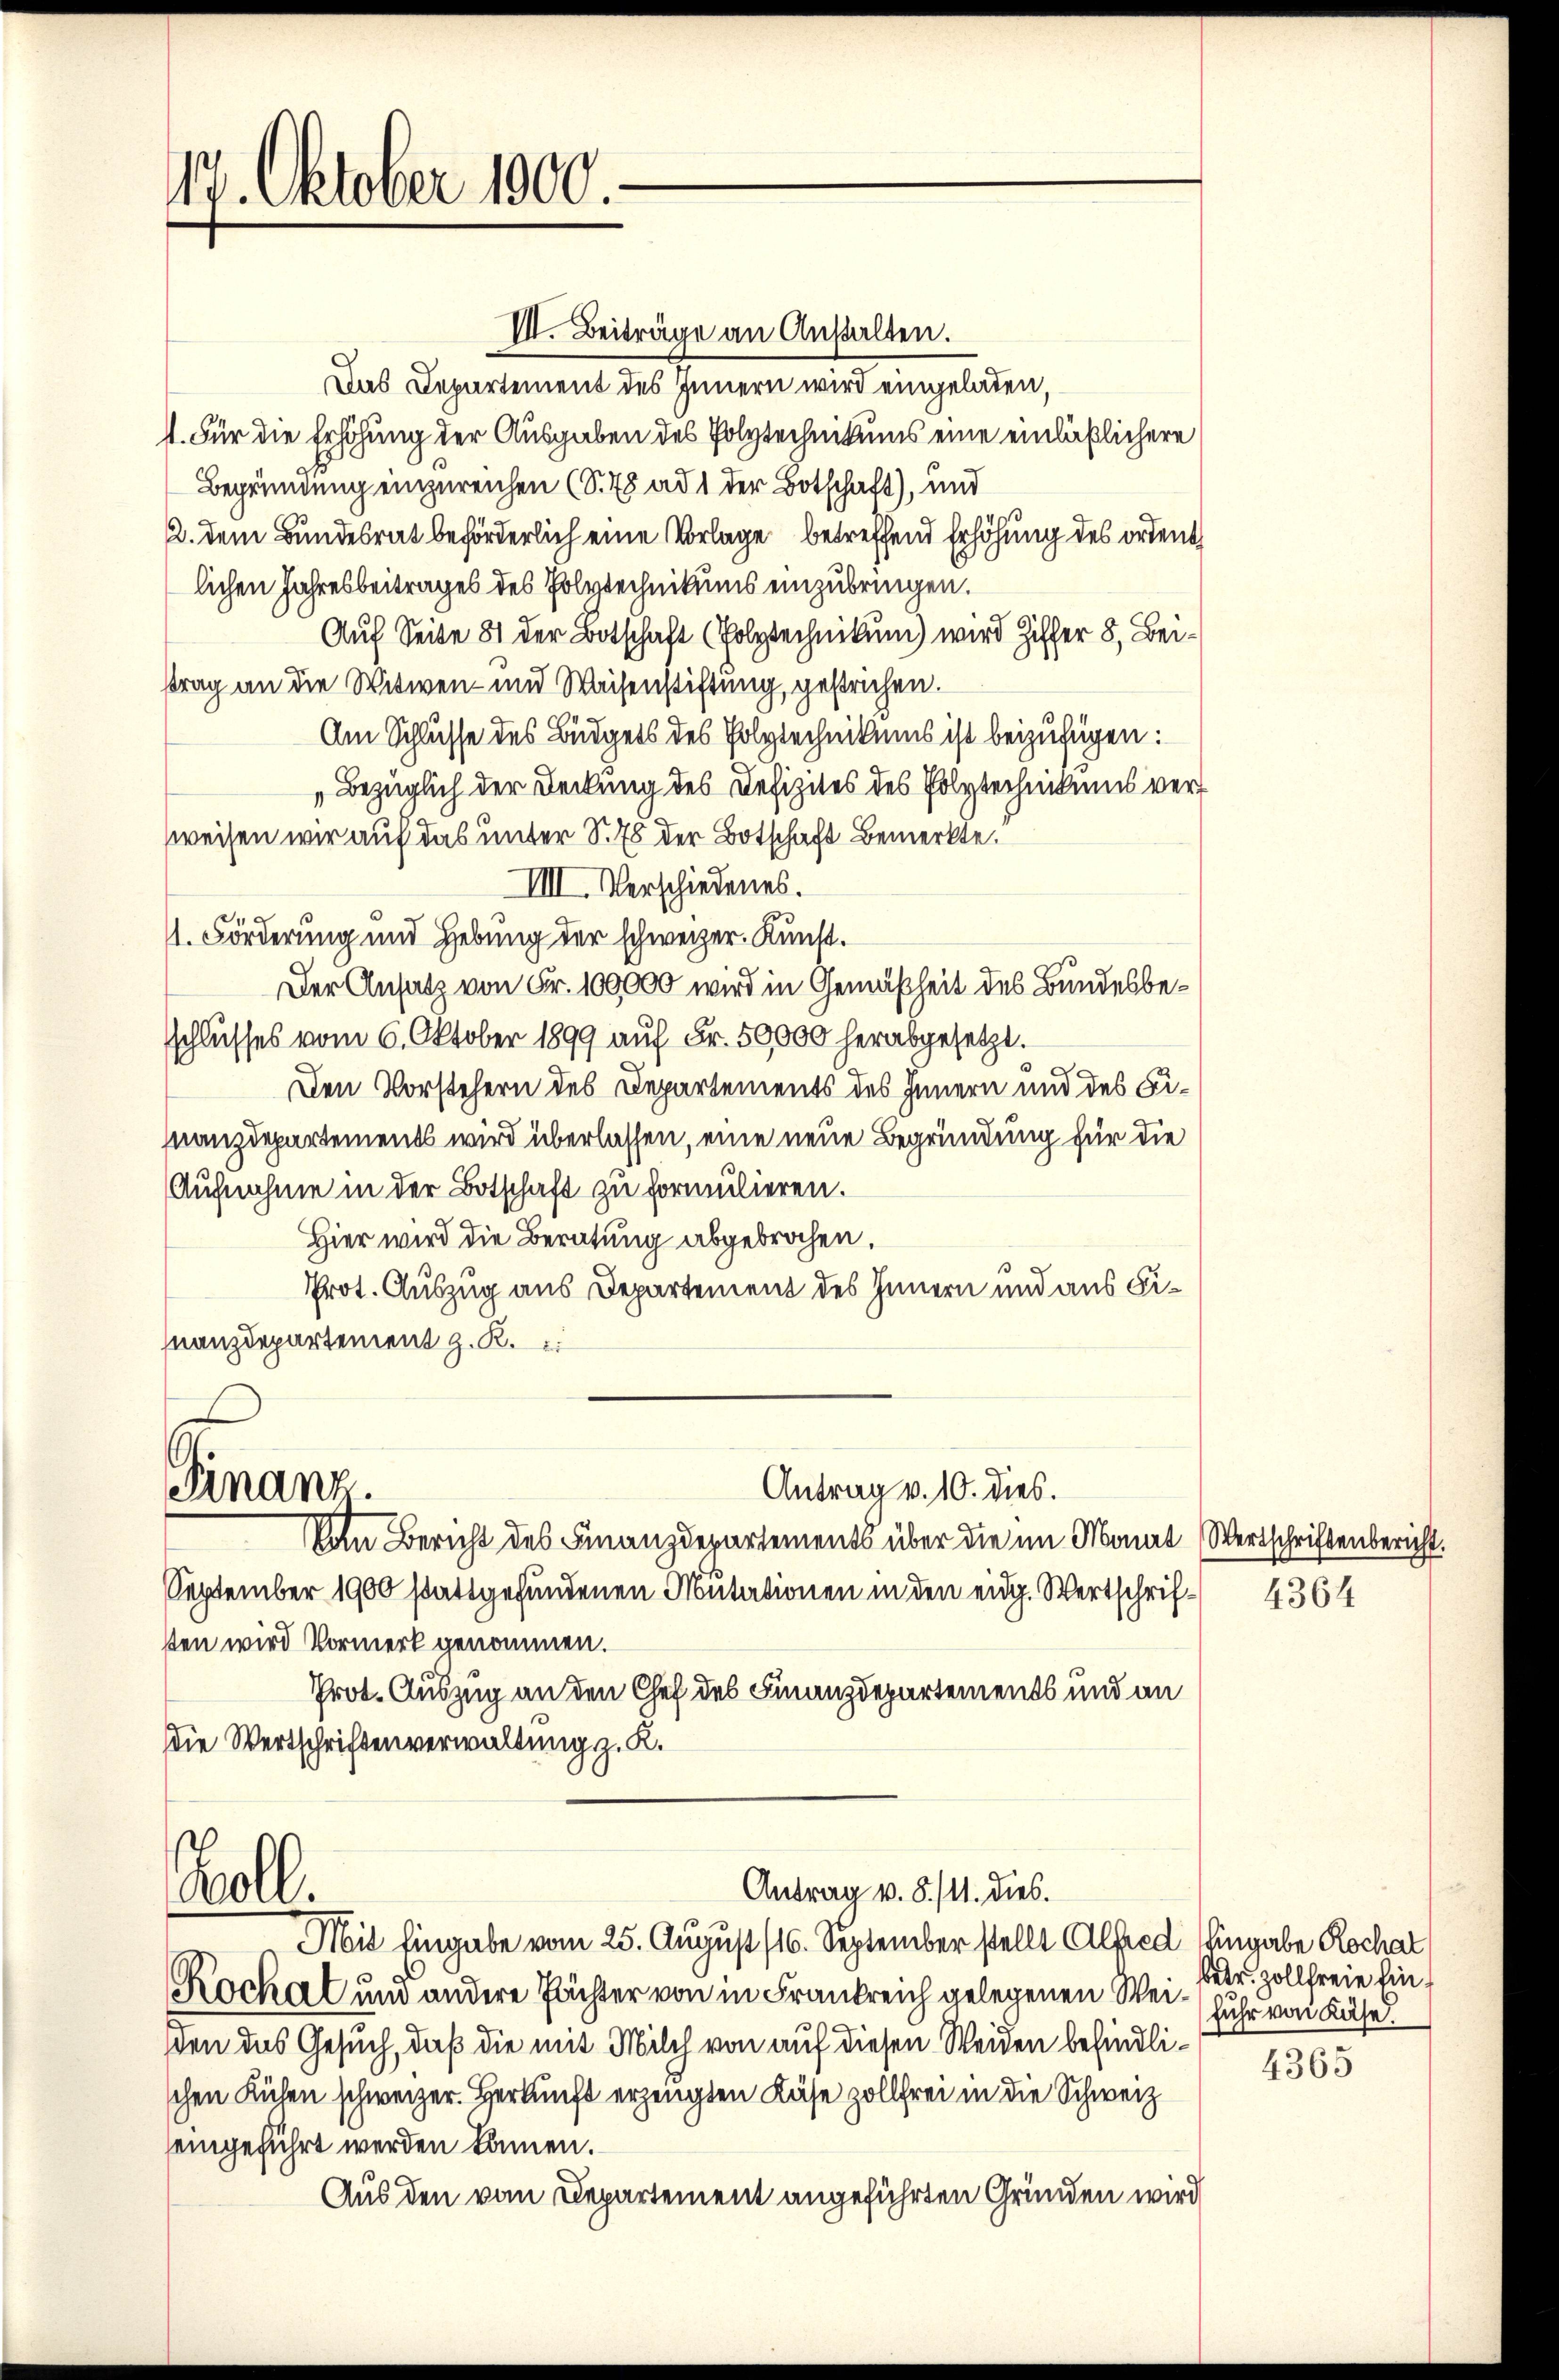
17. Oktober 1800.

VII. Beiträge an Anstalten.
Das Departement des Innern wird eingeladen,
s. Für die Erhöhung der Ausgaben des Polytechnikums eine einläßlichere
Begründung einzureichen (S. 75 ad 1 der Botschaft), und
2. dem Bundesrat beförderlich eine Vorlage betreffend Erhöhung des ordent
lichen Jahresbeitrages des Polytechnikums einzubringen.
Auf Seite 81 der Botschaft (Polytechnikum) wird Ziffer 8. Beittrag an die Witwen- und Waisenstiftung, gestrichen.
Am Schlusse des Büdgets des Polytechnikums ist beizufügen:
„Bezüglich der Deckung des Defizites des Polytechnikums versweisen wir auf das unter S. 78 der Botschaft bemerkte.“
IIII. Verschiedenes.
n
. Förderung und Hebung der schweizer. Kunst.
Der Ansatz von Fr. 100,000 wird in Gemäßheit des Bundesbeschlusses vom 6. Oktober 1899 auf Fr. 50000 herabgesetzt.
Den Vorstehern des Departements des Innern und des Finanzdepartements wird überlassen, eine neue Begründung für die
Aufnahme in der Botschaft zu formulieren.
Hier wird die Beratung abgebrochen.
Prot. Auszug aus Departement des Innern und aus Finanzdepartement z. K.
Antrag v. 10. dies.
Finanz.
Von Bericht des Finanzdepartements über die im Monat Wertschriftenbericht.
September 1900 stattgefundenen Mutationen in den eidg. Wertschrif- 4364
sten wird Vormerk genommen.
Prot. Auszug an den Chef des Finanzdepartements und an
Die Wertschriftenverwaltung z. K.
Antrag v. 8./11. dies.
oll.
Mit Eingabe vom 25. August (16. September stellt Alfred Eingabe Rochal
Rochal und andere Pächter von in Frankreich gelegenen Weiden das Gesuch, daß die mit Milch von auf diesen Weiden befindlischen Küchen schweizer. Herkunft erzeugten Käse zollfrei in die Schweiz
eingeführt werden können.
Aus den vom Departement angeführten Gründen wird

betr. Zollfreie Einfuhr von Käse.

4365